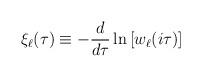
LaTeX: \begin{align*}\xi_\ell(\tau) \equiv -\frac{d}{d\tau} \ln\left[w_\ell(i\tau)\right]\end{align*}